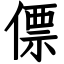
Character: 僄